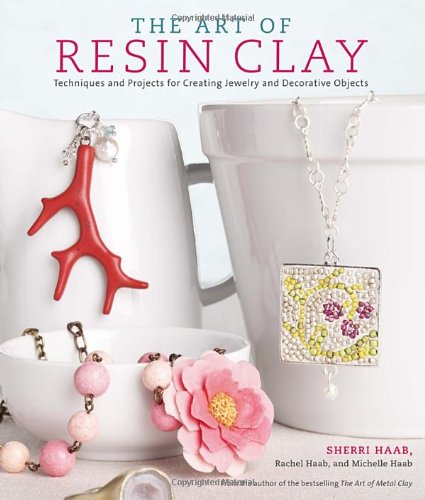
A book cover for The Art of Resin Clay: Techniques and Projects for Creating Jewelry and Decorative Objects; Sherri Haab; Crafts, Hobbies & Home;